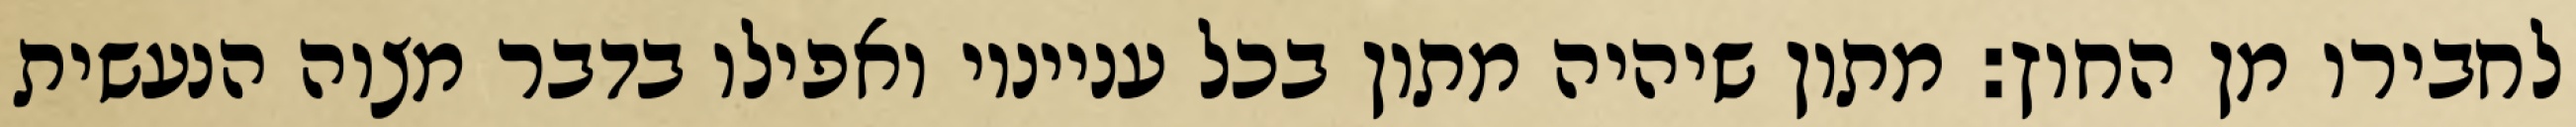
לחבירו מן החוץ: מתון שיהיה מתון בכל ענייניו ואפילו בדבר מצוה הנעשית